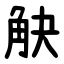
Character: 觖